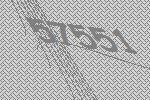
57551